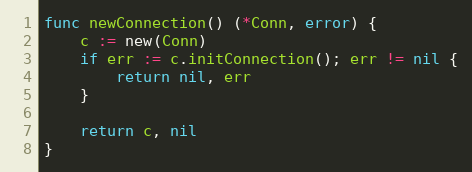
Language: Go
func newConnection() (*Conn, error) {
	c := new(Conn)
	if err := c.initConnection(); err != nil {
		return nil, err
	}

	return c, nil
}